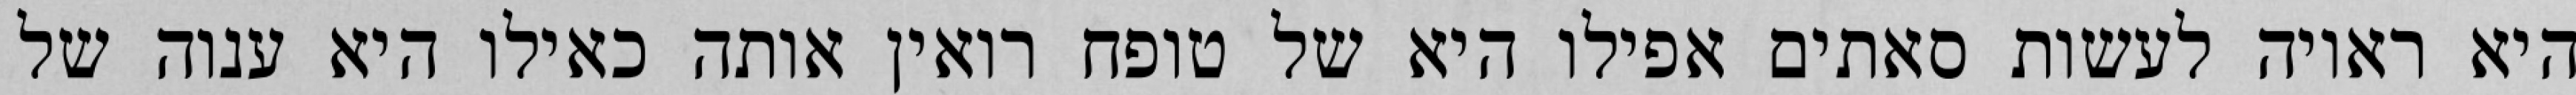
היא ראויה לעשות סאתים אפילו היא של טופח רואין אותה כאילו היא ענוה של